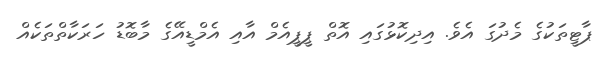
ޕާޓީތަކުގެ މެދުގަ އެވެ. އިދިކޮޅުގައި އޮތް ޕީޕީއެމް އާއި އެމްޑީއޭގެ މާބޮޑު ހަރަކާތްތަކެއް